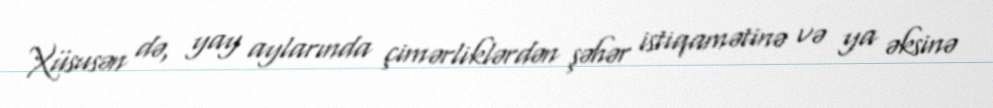
Xüsusən də, yay aylarında çimərliklərdən şəhər istiqamətinə və ya əksinə